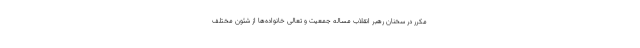
مکرر در سخنان رهبر انقلاب مساله جمعیت و تعالی خانواده‌ها از شئون مختلف